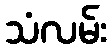
သံလမ်း